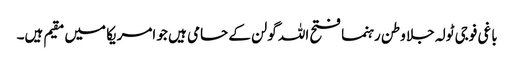
باغی فوجی ٹولہ جلا وطن رہنما فتح اللہ گولن کے حامی ہیں جو امریکا میں مقیم ہیں۔